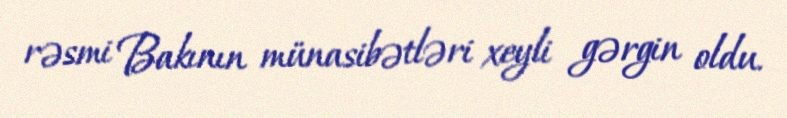
rəsmi Bakının münasibətləri xeyli gərgin oldu.